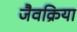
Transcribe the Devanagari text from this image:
जैवक्रिया